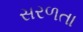
સરળતા